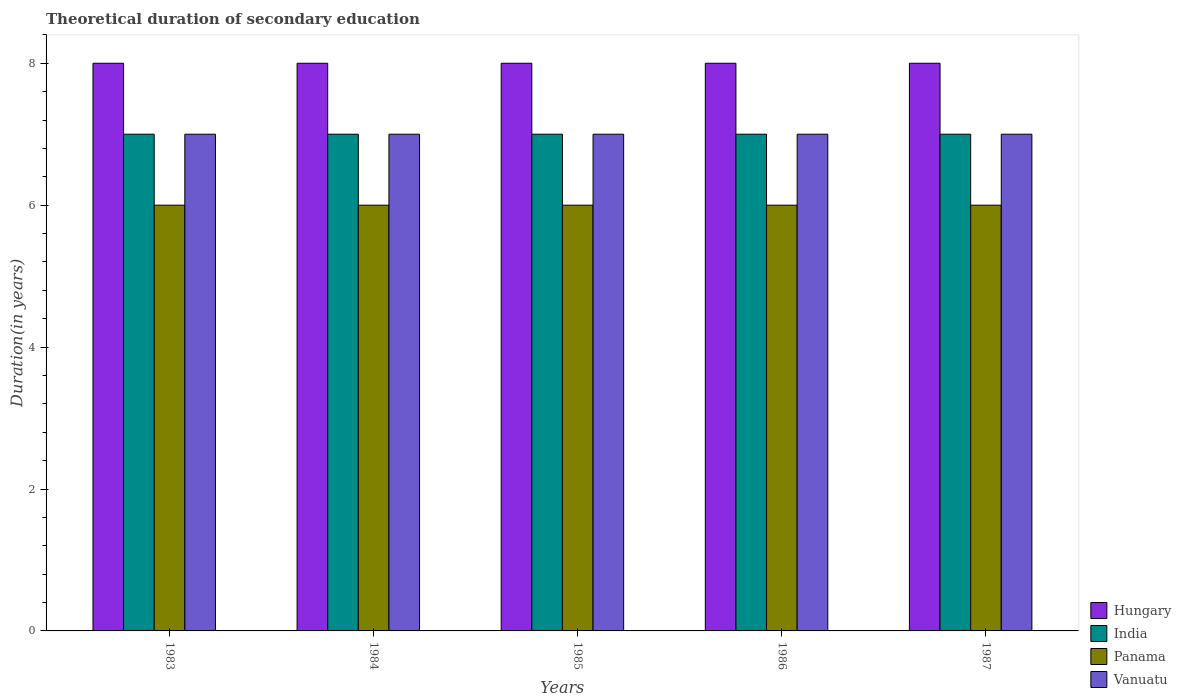
| Years | Hungary | India | Panama | Vanuatu |
 | --- | --- | --- | --- | --- |
 | 1983 | 8 | 7 | 6 | 7 |
 | 1984 | 8 | 7 | 6 | 7 |
 | 1985 | 8 | 7 | 6 | 7 |
 | 1986 | 8 | 7 | 6 | 7 |
 | 1987 | 8 | 7 | 6 | 7 |